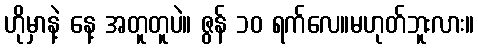
ဟိုမှာနဲ့ နေ့ အတူတူပဲ။ ဇွန် ၁၀ ရက်လေ။မဟုတ်ဘူးလား။